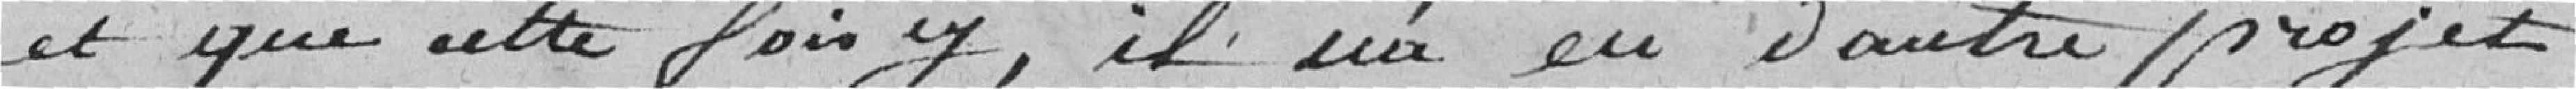
et que cette fois-ci, il n'a eu d'autre projet